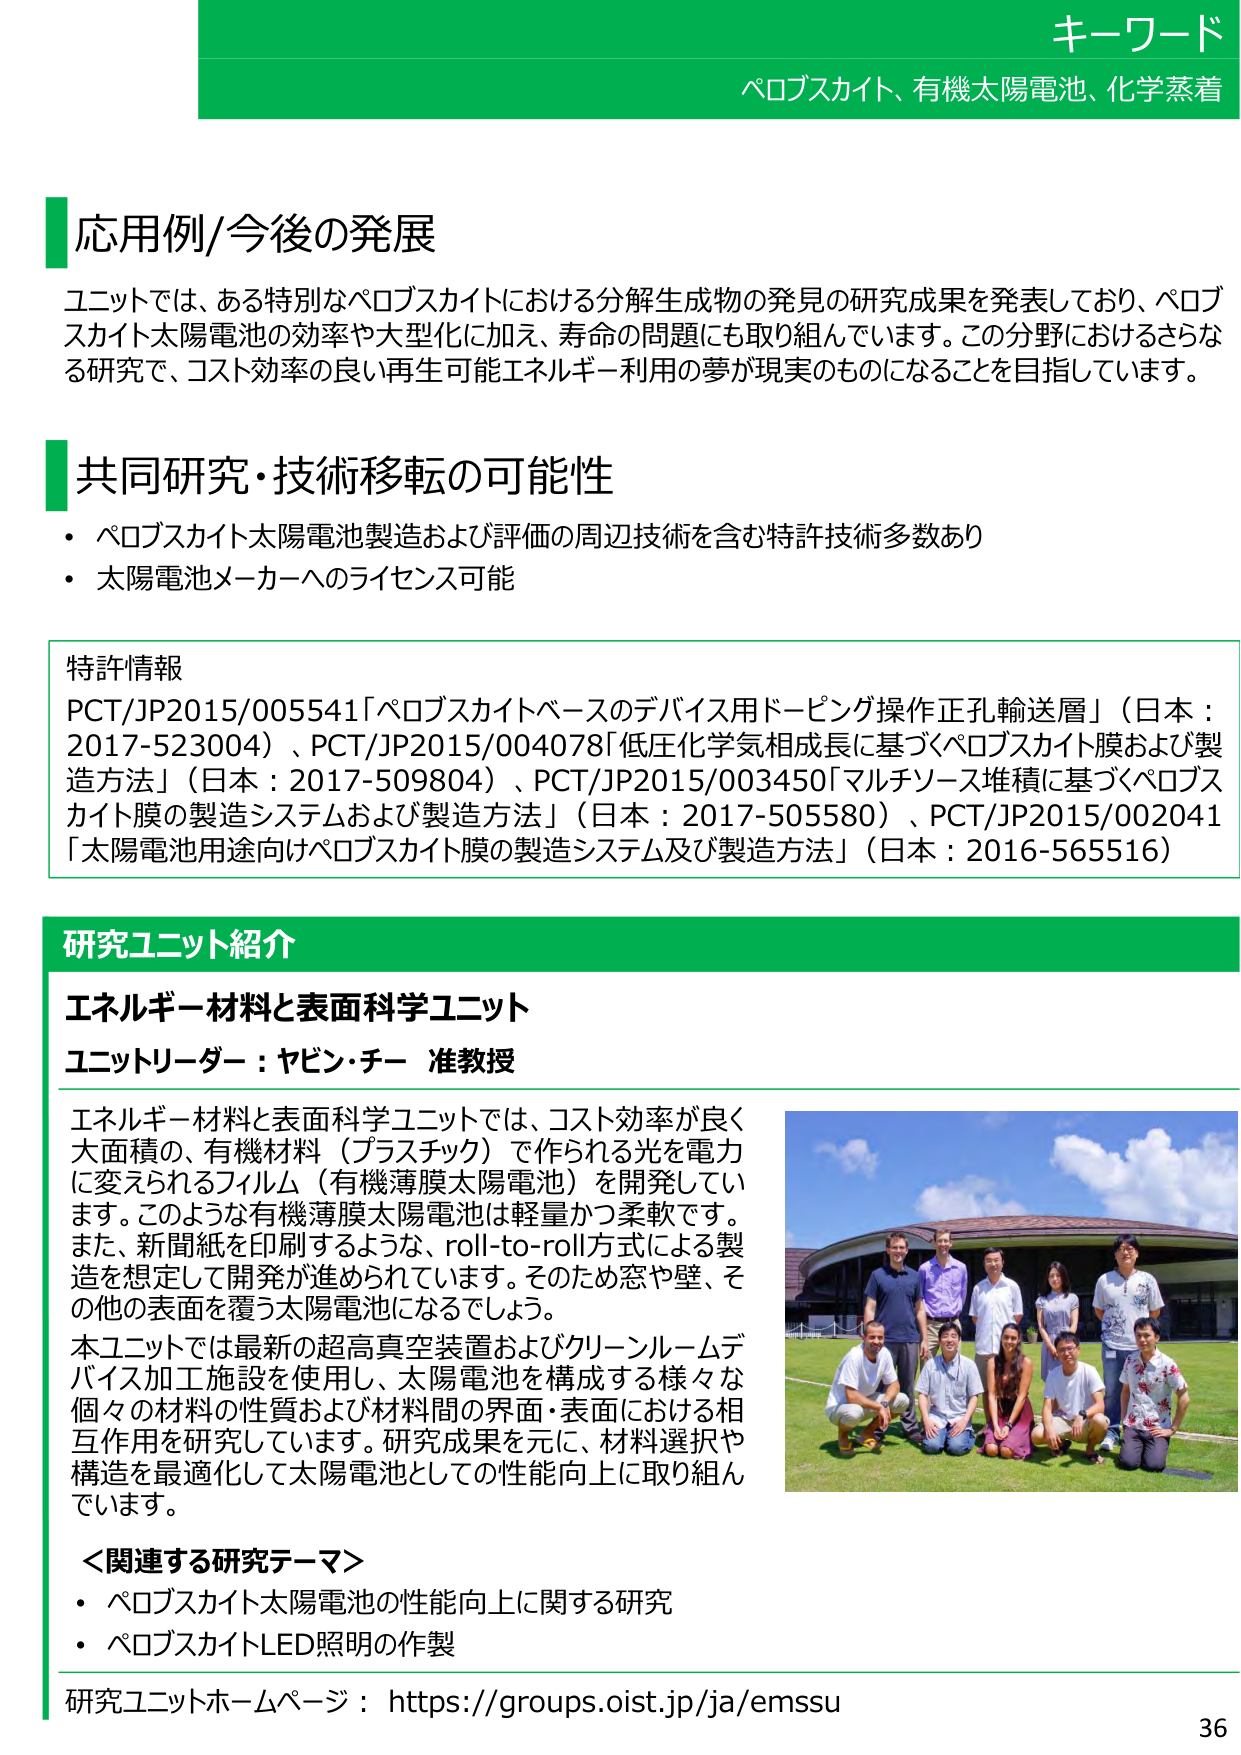
キーワード
ペロブスカイト、有機太陽電池、化学蒸着

応用例/今後の発展
ユニットでは、ある特別なペロブスカイトにおける分解生成物の発見の研究成果を発表しており、ペロブスカイト太陽電池の効率や大型化に加え、寿命の問題にも取り組んでいます。この分野におけるさらなる研究で、コスト効率の良い再生可能エネルギー利用の夢が現実のものになることを目指しています。

共同研究・技術移転の可能性
・ ペロブスカイト太陽電池製造および評価の周辺技術を含む特許技術多数あり
・ 太陽電池メーカーへのライセンス可能

特許情報
PCT/JP2015/005541「ペロブスカイトベースのデバイス用ドーピング操作正孔輸送層」（日本：2017-523004）、PCT/JP2015/004078「低圧化学気相成長に基づくペロブスカイト膜および製造方法」（日本：2017-509804）、PCT/JP2015/003450「マルチソース堆積に基づくペロブスカイト膜の製造システムおよび製造方法」（日本：2017-505580）、PCT/JP2015/002041「太陽電池用途向けペロブスカイト膜の製造システム及び製造方法」（日本：2016-565516）

研究ユニット紹介
エネルギー材料と表面科学ユニット
ユニットリーダー：ヤビン・チー 准教授

エネルギー材料と表面科学ユニットでは、コスト効率が良く大面積の、有機材料（プラスチック）で作られる光を電力に変えられるフィルム（有機薄膜太陽電池）を開発しています。このような有機薄膜太陽電池は軽量かつ柔軟です。また、新聞紙を印刷するような、roll-to-roll方式による製造を想定して開発が進められています。そのため窓や壁、その他の表面を覆う太陽電池になるでしょう。
本ユニットでは最新の超高真空装置およびクリーンルームデバイス加工施設を使用し、太陽電池を構成する様々な個々の材料の性質および材料間の界面・表面における相互作用を研究しています。研究成果を元に、材料選択や構造を最適化して太陽電池としての性能向上に取り組んでいます。

＜関連する研究テーマ＞
・ ペロブスカイト太陽電池の性能向上に関する研究
・ ペロブスカイトLED照明の作製

研究ユニットホームページ：https://groups.oist.jp/ja/emssu
36